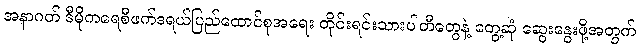
အနာဂတ် ဒီမိုကရေစီဖက်ဒရယ်ပြည်ထောင်စုအရေး တိုင်းရင်းသားပါတီတွေနဲ့ တွေ့ဆုံ ဆွေးနွေးဖို့အတွက်